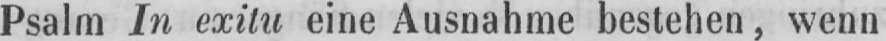
Psalm In exitu eine Ausnahme bestehen, wenn